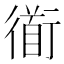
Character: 衜